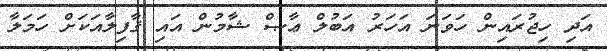
އަދި ހިޖުރައިން ހަވަނަ އަހަރު އަބުލް ޢާޞް ޝާމުން އައި ޤާފިލާއަކަށް ހަމަލާ